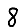
Digit: 8